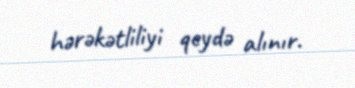
hərəkətliliyi qeydə alınır.